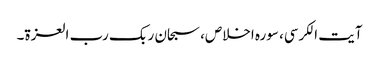
آیت الکرسی، سورہ اخلاص، سبحان ربک رب العزۃ۔